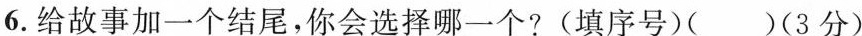
6.给故事加一个结尾，你会选择哪一个?(填序号)()(3分)